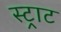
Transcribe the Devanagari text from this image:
स्ट्राट